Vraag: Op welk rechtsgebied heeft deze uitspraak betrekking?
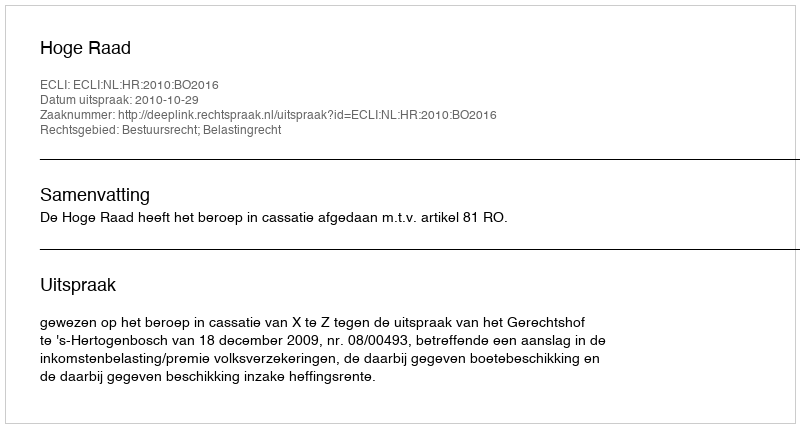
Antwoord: Bestuursrecht; Belastingrecht